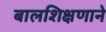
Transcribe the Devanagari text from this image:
बालशिक्षणाने